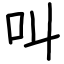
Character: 叫